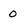
Character: 0